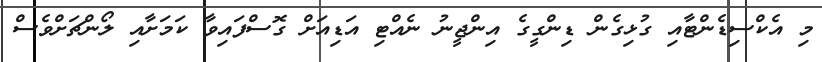
މި އެކްސިޑެންޓާއި ގުޅިގެން ޑިންގީގެ އިންޖީނު ނެއްޓި އަޑިއަށް ގޮސްފައިވާ ކަމަށާއި ލޯންޗަށްވެސް